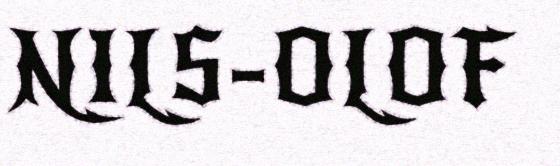
NILS-OLOF